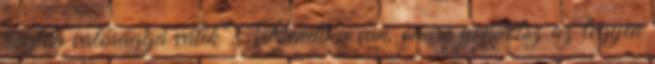
rögtön valósággá válik". "Rendben van, amire gondolsz az legyen